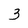
Character: 3